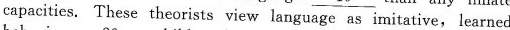
capacities. These theorists view language as imitative,learned